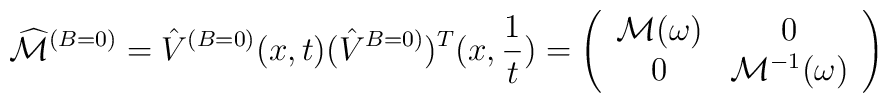
\widehat{{\cal M}}^{(B=0)}=\hat{V}^{(B=0)}(x,t)(\hat{V}^{B=0)})^{T}(x,{\frac{1}{t}})=\left(\begin{array}{cc}{\cal M}(\omega ) & 0 \\0 & {\cal M}^{-1}(\omega )\end{array}\right)